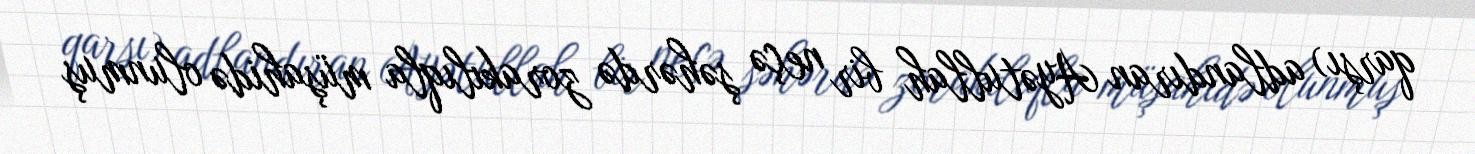
qarşı) adlandıran Ayətullah bir neçə şəhərdə zorakılıqla müşahidə olunmuş